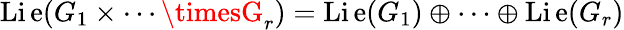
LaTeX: \operatorname{Li\mathrm{e}}(G_{1}\times\cdots\timesG_{r})=\operatorname{Li\mathrm{e}}(G_{1})\oplus\cdots\oplus\operatorname{Li\mathrm{e}}(G_{r})